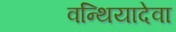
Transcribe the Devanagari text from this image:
वन्थियादेवा